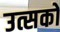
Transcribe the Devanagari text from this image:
उत्सकों